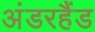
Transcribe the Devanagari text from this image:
अंडरहैंड